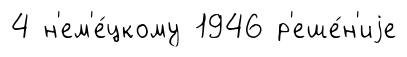
4 н'ем'е́цкому 1946 р'еше́н'иjе